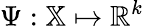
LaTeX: \Psi:\mathbb{X}\mapsto\mathbb{R}^{k}